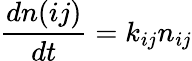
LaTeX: \frac{dn(ij)}{dt}=k_{ij}n_{ij}